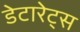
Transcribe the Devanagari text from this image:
डेटारेट्स